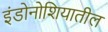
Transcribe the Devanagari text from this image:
इंडोनोशियातील